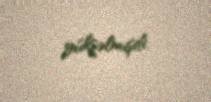
yüksəlmişdi.